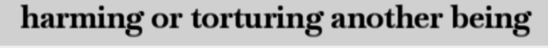
harming or torturing another being